Annual report of the Punjab Veterinary College and of the Civil Veterinary Department, Punjab - 1894-1908
Year: 1894
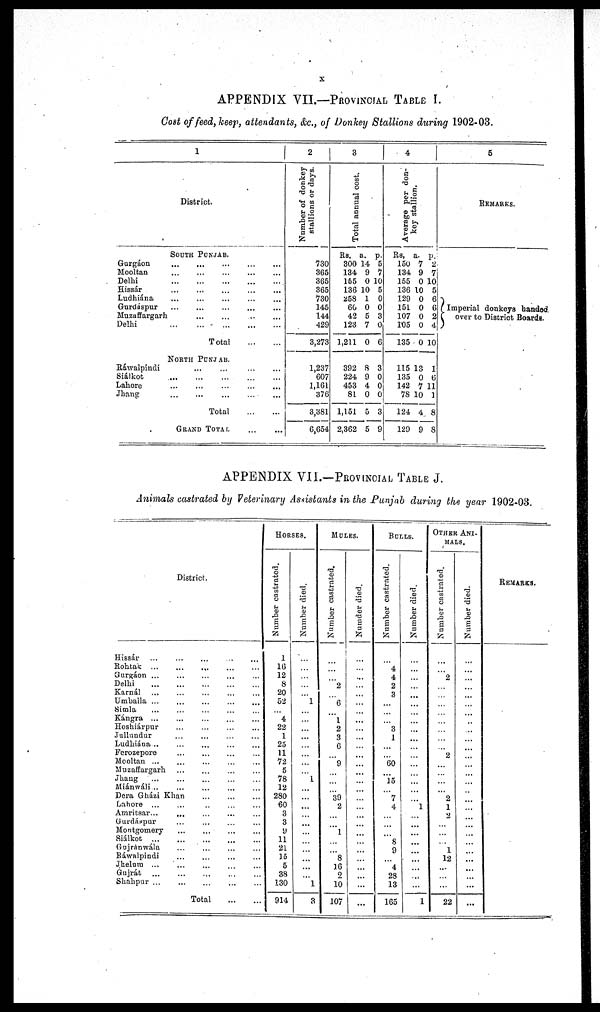
x
APPENDIX VII—PROVINCIAL TABLE I.
Cost of feed, keep, attendants, &c., of Donkey Stallions during 1902-03.
1
District.
SOUTH PUNJAB.
Gurgáon
...
...
...
...
...
Mooltan
...
...
...
...
...
Delhi
...
...
...
...
...
Hissár
...
...
...
...
...
Ludhiána ... ... ... ... ...
Gurdáspur ... ... ... ... ...
Muzaffargarh
...
...
...
...
...
Delhi ... ...
Total ... ... ... ... ...
NORTH PUNJAB.
Ráwalpindi
...
...
...
...
...
Siálkob ... ... ... ... ...
Lahore ... ... ... ... ...
Jhang ... ... ... ... ...
Total ... ... ... ... ...
GRAND
TOTAL
...
...
2
Number of donkey
stallions or days.
730
365
365
365
730
145
144
429
3,273
1,237
607
1,161
376
3,381
6,654
3
Total annual cost.
Rs.
300
134
155
136
258
60
42
123
1,211
392
224
453
81
1,151
2,362
a.
14
9
0
10
1
0
5
7
0
8
9
4
0
5
5
p.
5
7
10
5
0
0
3
0
6
3
0
0
0
3
9
4
Average per don-
key stallion.
Rs.
150
134
155
136
129
151
107
105
135
115
135
142
78
124
129
a.
7
9
0
10
0
0
0
0
0
13
0
7
10
4
9
p.
2
7
10
5
6
6
2
4
10
1
6
11
1
8
8
5
REMARKS.
Imperial donkeys handed.
over to District Boards.
APPENDIX VII.—PROVINCIAL TABLE J.
Animals castrated by Veterinary Assistants in the Punjab during the year 1902-03.
District.
Hissár ... ... ... ... ...
Rohtak ... ... ... ... ...
Gurgáon ... ... ... ... ...
Delhi ... ... ... ... ...
Karnál ... ... ... ... ...
Umballa ... ... ... ... ...
Simla ... ... ... ... ...
Kángra ... ... ... ... ...
Hoshiárpur ... ... ... ...
Jullundur ... ... ... ... ...
Ludhiána ... ... ... ... ...
Ferozepore ... ... ... ... ...
Mooltan ... ... ... ... ...
Muzaffargarh ... ... ... ... ...
Jhang ... ... ... ... ...
Miánwáli...
Dera Gházi Khan ... ... ...
Lahore ... ... ... ... ...
Amritsar... ... ... ... ...
Gurdáspur ... ... ... ... ...
Montgomery ... ... ... ... ...
Siálkot... ... ... ... ...
Gujránwála ... ... ... ... ...
Ráwalpindi ... ... ... ... ...
Jhelum ... ... ... ... ...
Gujrát ... ... ... ... ...
Shahpur ... ... ... ... ...
Total
HORSES.
Number castrated.
1
16
12
8
20
52
...
4
22
1
25
11
72
5
78
12
280
60
3
3
9
11
21
15
5
38
130
914
Number died.
...
...
...
...
...
1
...
...
...
...
...
...
...
...
1
...
...
...
...
...
...
...
...
...
...
...
1
3
MULES.
Number castrated.
...
...
...
2
...
6
...
1
2
3
6
...
9
...
...
...
39
2
...
...
1
...
...
8
16
2
10
107
Number died.
...
...
...
...
...
...
...
...
...
...
...
...
...
...
...
...
...
...
...
...
...
...
...
...
...
...
...
...
BULLS.
Number castrated.
...
4
4
2
3
...
...
...
3
1
...
...
60
...
15
...
7
4
...
...
...
8
9
4
28
13
165
Number died.
...
...
...
...
...
...
...
...
...
...
...
...
...
...
...
...
...
1
...
...
...
...
...
...
...
...
...
1
OTHER ANI-
-----
Number castrated.
...
...
2
...
...
...
...
...
...
...
...
2
...
...
...
...
2
1
2
...
...
...
1
12
...
...
...
22
Number died.
...
...
...
...
...
...
...
...
...
...
...
...
...
...
...
...
...
...
...
...
...
...
...
...
...
...
...
...
REMARKS.